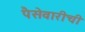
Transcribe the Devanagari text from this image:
पैसेवारीची